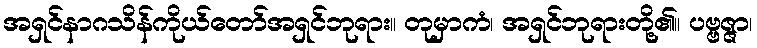
အရှင်နာဂသိန်ကိုယ်တော်အရှင်ဘုရား။ တုမှာကံ၊ အရှင်ဘုရားတို့၏။ ပဗ္ဗဇ္ဇာ၊